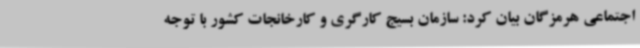
اجتماعی هرمزگان بیان کرد: سازمان بسیج کارگری و کارخانجات کشور با توجه